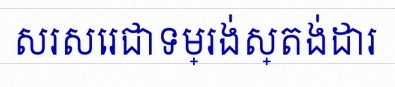
សរសេរជាទម្រង់ស្តង់ដារ